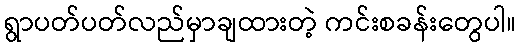
ရွာပတ်ပတ်လည်မှာချထားတဲ့ ကင်းစခန်းတွေပါ။